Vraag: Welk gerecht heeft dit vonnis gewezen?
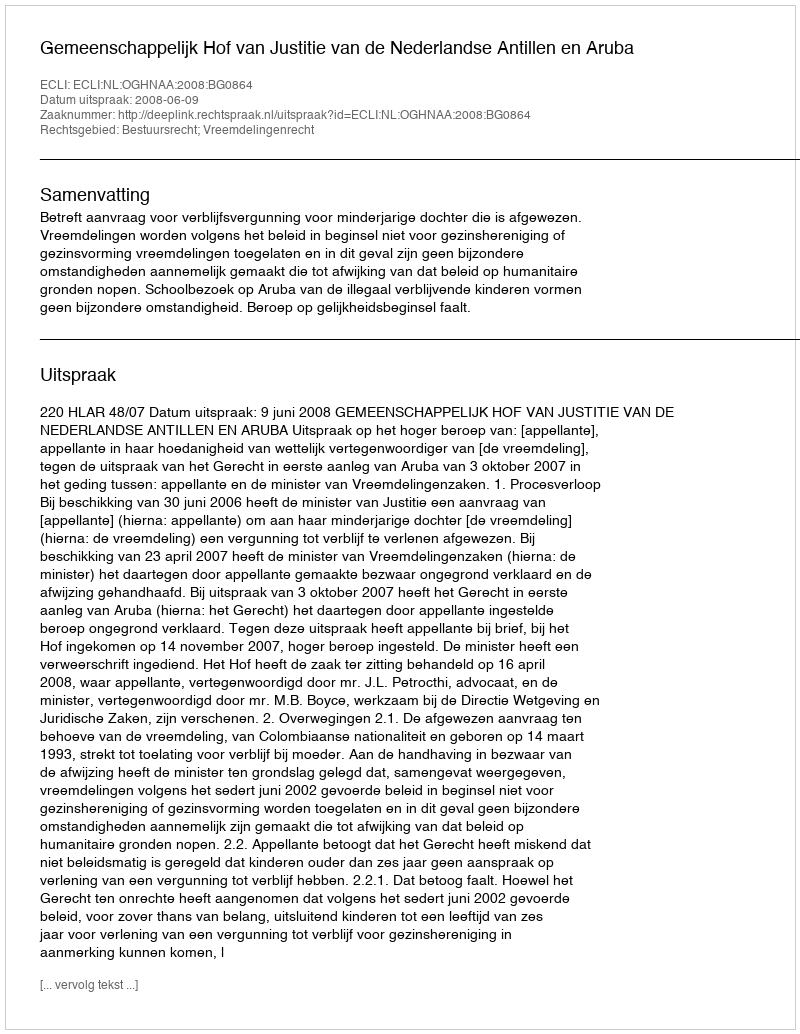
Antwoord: Gemeenschappelijk Hof van Justitie van de Nederlandse Antillen en Aruba